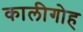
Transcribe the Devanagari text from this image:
कालीगोह